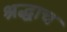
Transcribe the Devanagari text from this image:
श्रद्धाच